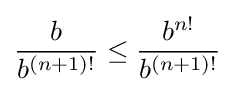
{\frac {b}{b^{(n+1)!}}}\leq {\frac {b^{n!}}{b^{(n+1)!}}}